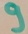
Text: 9